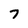
Character: 7